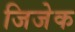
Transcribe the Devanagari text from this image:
जिजेक